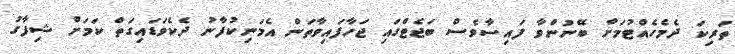
ތަރިކަ ދެމެހެއްޓުމަށް ބޭނުންވާ ފައިސާވެސް ބަޖެޓްގައި ޖަހާފައިވާތަން އެމަނިކުފާނު ދެކެވަޑައިގަތް ކަމަށް ޝިފާގު